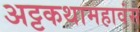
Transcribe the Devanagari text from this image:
अट्टकथामहावंस